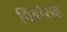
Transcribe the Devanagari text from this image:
पिंडांसह